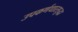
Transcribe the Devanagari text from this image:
उपकर्णधारसुद्धा